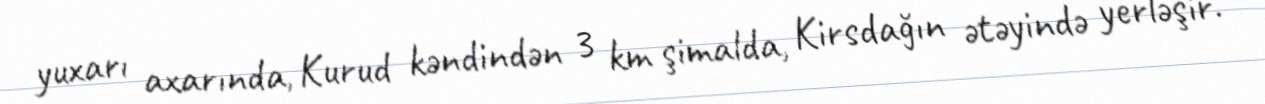
yuxarı axarında, Kurud kəndindən 3 km şimalda, Kirsdağın ətəyində yerləşir.